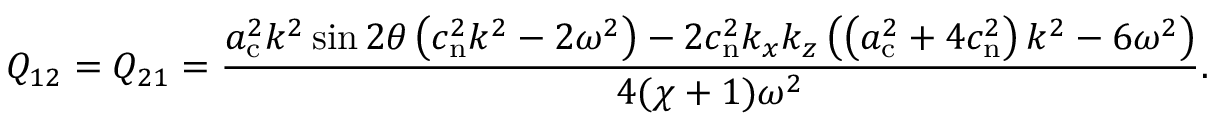
Q _ { 1 2 } = Q _ { 2 1 } = \frac { a _ { \mathrm { c } } ^ { 2 } k ^ { 2 } \sin 2 \theta \left( c _ { \mathrm { n } } ^ { 2 } k ^ { 2 } - 2 \omega ^ { 2 } \right) - 2 c _ { \mathrm { n } } ^ { 2 } k _ { x } k _ { z } \left( \left( a _ { \mathrm { c } } ^ { 2 } + 4 c _ { \mathrm { n } } ^ { 2 } \right) k ^ { 2 } - 6 \omega ^ { 2 } \right) } { 4 ( \chi + 1 ) \omega ^ { 2 } } .